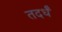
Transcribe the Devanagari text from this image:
तदर्धं